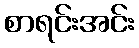
စာရင်းအင်း